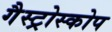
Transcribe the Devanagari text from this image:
गैस्ट्रोस्कोप